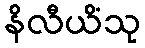
နိလီယိံသု